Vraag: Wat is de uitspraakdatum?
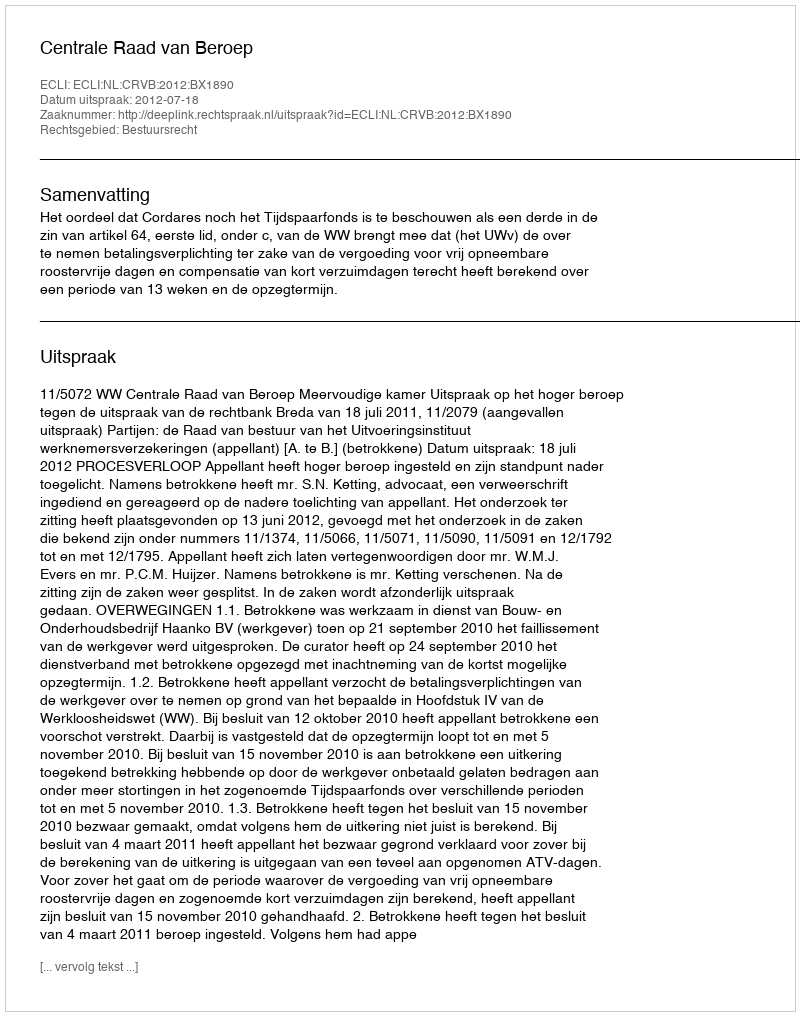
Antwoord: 2012-07-18